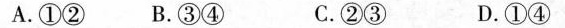
A. ①② B. ③④ C. ②③ D. ①④